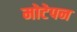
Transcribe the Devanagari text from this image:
मोटेपन